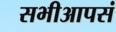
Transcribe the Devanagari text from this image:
सभीआपसं